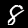
Label: 8